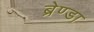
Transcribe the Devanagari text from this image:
ब्रेण्डा